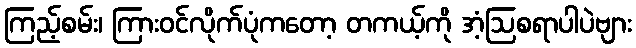
ကြည့်စမ်း၊ ကြားဝင်လိုက်ပုံကတော့ တကယ့်ကို အံ့ဩစရာပါပဲဗျား